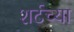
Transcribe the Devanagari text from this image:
शर्टच्या